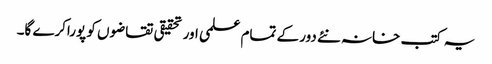
یہ کتب خانہ نئے دور کے تمام علمی اور تحقیقی تقاضوں کو پوراکرے گا۔